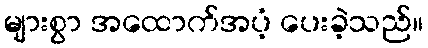
များစွာ အထောက်အပံ့ ပေးခဲ့သည်။